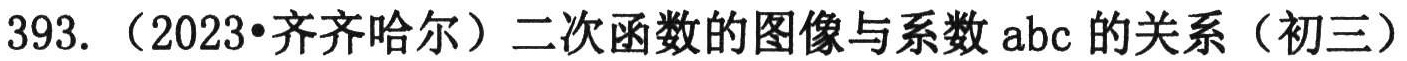
393. （2023•齐齐哈尔）二次函数的图像与系数 \(abc\) 的关系（初三）